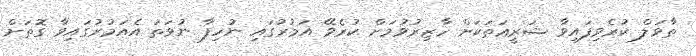
ތާވަލް ކުރެވިފައިވާ ޝަރީޢަތަކަށް ހާޒިރުވުމަށް ކުރެވޭ އަމުރުގައި ނުހިފާ ނުވަތަ އެއަމުރުގައިވާ ގޮތަށް